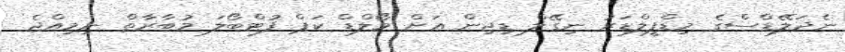
ނެދަލޭޑްސްގެ މިޑްފީލްޑަރު ނިގޭލް ޑިޖިން އަށް ވޯލްޑް ކަޕް ފުޓްބޯލަ މުބާރާތް ނިމިއްޖެ